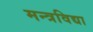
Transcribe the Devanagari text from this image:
मन्त्रविद्या